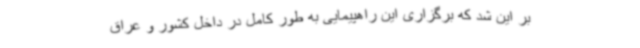
بر این شد که برگزاری این راهپیمایی به طور کامل در داخل کشور و عراق